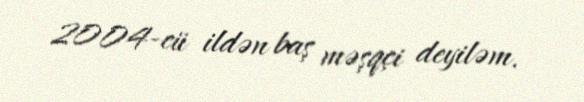
2004-cü ildən baş məşqçi deyiləm.